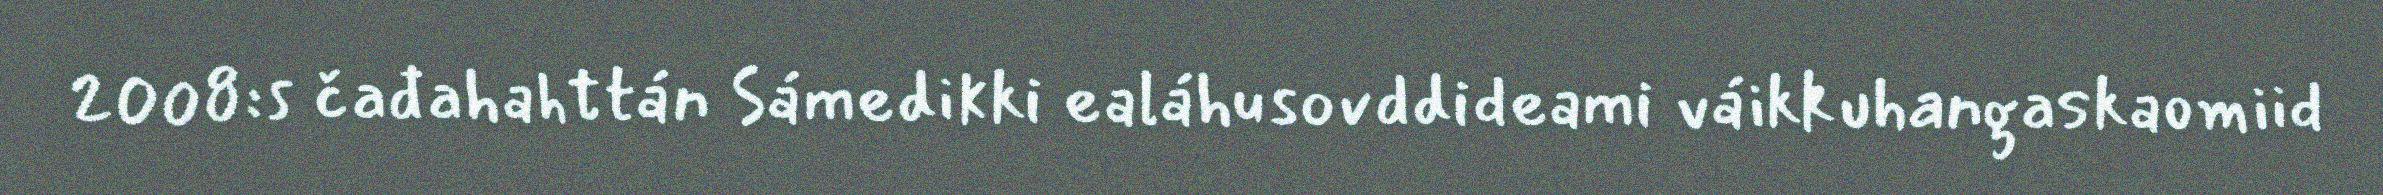
2008:s čađahahttán Sámedikki ealáhusovddideami váikkuhangaskaomiid